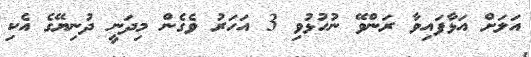
އަލަށް އަޅާފައިވާ ރަންވޭ ނުހުޅުވި 3 އަހަރު ވެގެން މިދަނީ ދުނިޔޭގެ އެކި